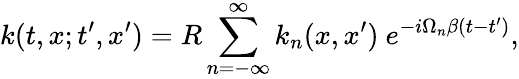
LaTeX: k(t,x;t^{\prime},x^{\prime})=R\sum_{n=-\infty}^{\infty}k_{n}(x,x^{\prime})\ e^{-i\Omega_{n}\beta(t-t^{\prime})},